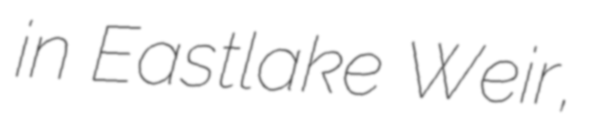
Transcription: in Eastlake Weir,